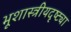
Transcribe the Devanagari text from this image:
भूशास्त्रीयदृष्ट्या